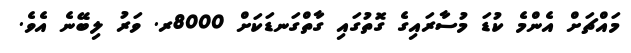
މައްޗަށް އެންމެ ކުޑަ މުސާރައިގެ ގޮތުގައި ގާތްގަނޑަކަށް 8000ރ. ވަރު ލިބޭނެ އެވެ.